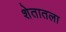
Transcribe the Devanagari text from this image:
शेतातला